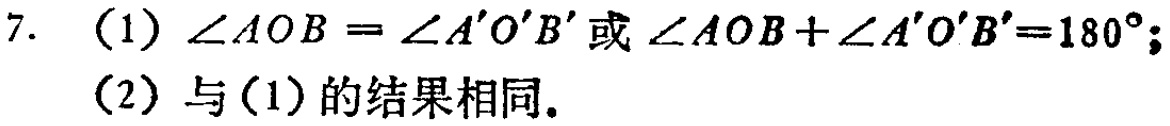
7. （1）$\angle AOB = \angle A'O'B'$或$\angle AOB+\angle A'O'B' = 180^{\circ}$；

（2）与（1）的结果相同。